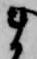
ま